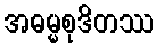
အဓမ္မစုဒိတဿ